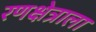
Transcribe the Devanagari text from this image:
रणक्षेत्राला